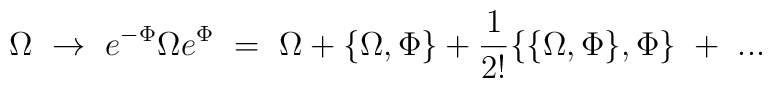
\Omega \ \to \ e^{-\Phi} \Omega e^{\Phi} \ = \ \Omega + \{ \Omega , \Phi \} + \frac{1}{2!} \{ \{ \Omega ,\Phi \} , \Phi \} \ + \ ...